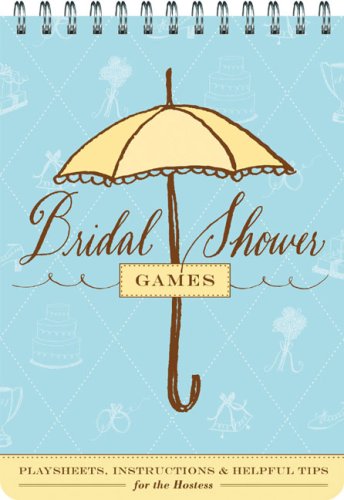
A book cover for Bridal Shower Games: Fun Party Games and Helpful Tips for the Hostess; Sharron Wood; Cookbooks, Food & Wine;